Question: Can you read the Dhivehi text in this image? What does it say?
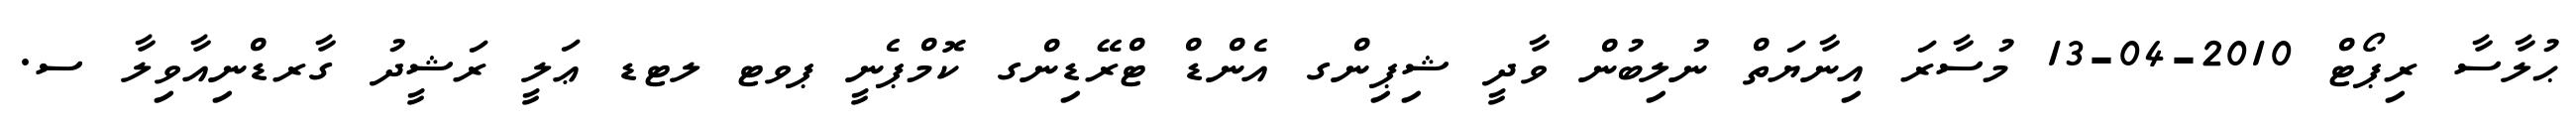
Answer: ޙުލާސާ ރިޕޯޓް 2010-04-13 މުސާރަ އިނާޔަތް ނުލިބުން ވާދީ ޝިޕިންގ އެންޑް ޓްރޭޑިންގ ކޮމްޕެނީ ޕވޓ ލޓޑ ޢަލީ ރަޝީދު ގާރޑްނިއާވިލާ ސ.